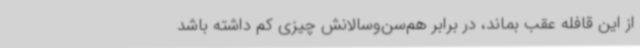
از این قافله عقب بماند، در برابر هم‌سن‌وسالانش چیزی کم داشته باشد